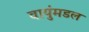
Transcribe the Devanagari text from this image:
वायुंमडल